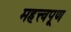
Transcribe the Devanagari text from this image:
महत्त्वपूण